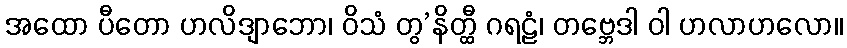
အထော ပီတော ဟလိဒျာဘော၊ ဝိသံ တွ’နိတ္ထီ ဂရဠံ၊ တဗ္ဘေဒါ ဝါ ဟလာဟလော။